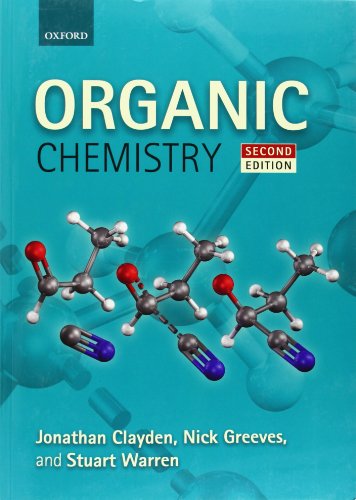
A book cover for Organic Chemistry; Jonathan Clayden; Science & Math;